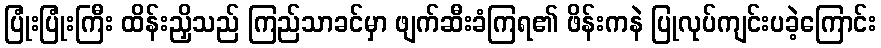
ပြုံးပြုံးကြီး ထိန်းညှိသည် ကြည်သာခင်မှာ ဖျက်ဆီးခံကြရ၏ ဖိန်းကနဲ ပြုလုပ်ကျင်းပခဲ့ကြောင်း